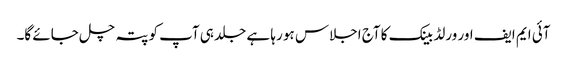
آئی ایم ایف اور ورلڈ بینک کا آج اجلاس ہو رہا ہے جلد ہی آپ کو پتہ چل جائے گا۔